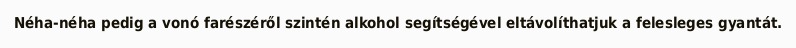
Néha-néha pedig a vonó farészéről szintén alkohol segítségével eltávolíthatjuk a felesleges gyantát.